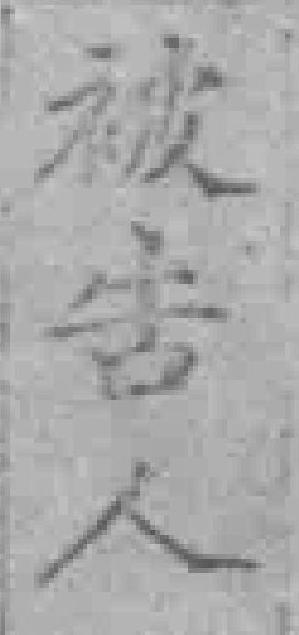
被告人